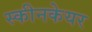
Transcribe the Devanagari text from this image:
स्कीनकेयर